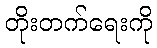
တိုးတက်ရေးကို